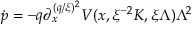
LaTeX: \dot { p } = - q { \textstyle \partial _ { x } ^ { ( q / \xi ) ^ { 2 } } } V ( x , \xi ^ { - 2 } K , \xi { \mit \Lambda } ) { \mit \Lambda } ^ { 2 }